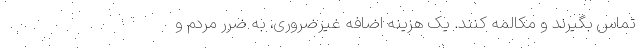
تماس بگیرند و مکالمه کنند. یک هزینه اضافه غیرضروری، به ضرر مردم و